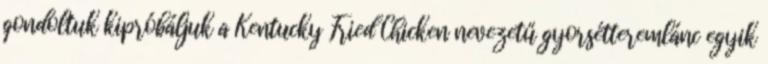
gondoltuk kipróbáljuk a Kentucky Fried Chicken nevezetű gyorsétteremlánc egyik